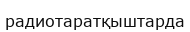
радиотаратқыштарда